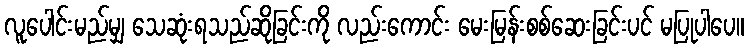
လူပေါင်းမည်မျှ သေဆုံးရသည်ဆိုခြင်းကို လည်းကောင်း မေးမြန်းစစ်ဆေးခြင်းပင် မပြုပါပေ။